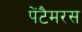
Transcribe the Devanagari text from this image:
पेंटैमरस